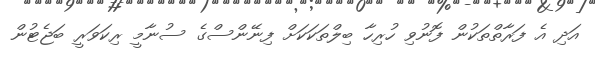
އަދި އެ ފަރާތްތަކުން ފޮނުވި ހުރިހާ ބިލްތަކަކަށް ފިނޭންސްގެ ސުނާމީ ރިކަވަރީ ބަޖެޓުން